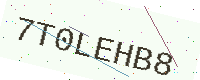
Text: 7T0LEHB8